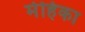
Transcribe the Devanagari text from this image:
मेहिका